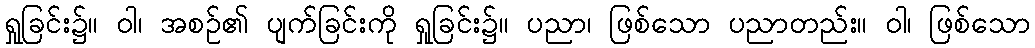
ရှုခြင်း၌။ ဝါ၊ အစဉ်၏ ပျက်ခြင်းကို ရှုခြင်း၌။ ပညာ၊ ဖြစ်သော ပညာတည်း။ ဝါ၊ ဖြစ်သော